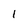
Character: 1